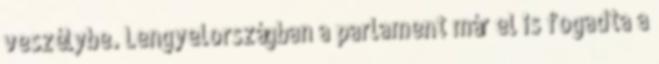
veszélybe. Lengyelországban a parlament már el is fogadta a